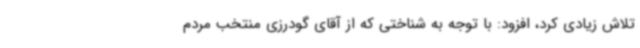
تلاش زیادی کرد، افزود: با توجه به شناختی که از آقای گودرزی منتخب مردم